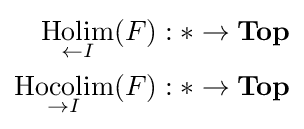
{\begin{aligned}{\underset {\leftarrow I}{\text{Holim}}}(F)&:*\to {\textbf {Top}}\\{\underset {\rightarrow I}{\text{Hocolim}}}(F)&:*\to {\textbf {Top}}\end{aligned}}